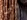
مبرر